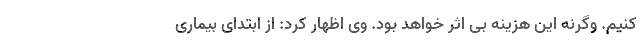
کنیم. وگرنه این هزینه بی اثر خواهد بود. وی اظهار کرد: از ابتدای بیماری